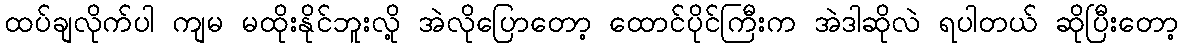
ထပ်ချလိုက်ပါ ကျမ မထိုးနိုင်ဘူးလို့ အဲလိုပြောတော့ ထောင်ပိုင်ကြီးက အဲဒါဆိုလဲ ရပါတယ် ဆိုပြီးတော့